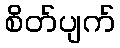
စိတ်ပျက်